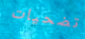
تضحيات